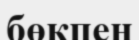
бөкпен